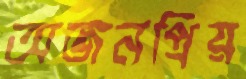
অজনপ্রিয়